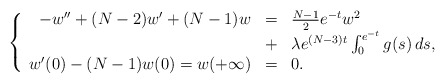
\begin{align*}\left\{ \begin{array}{rcl}-w'' + (N-2)w' + (N-1)w &=& \frac{N-1}{2} e^{-t} w^2 \\&+& \lambda e^{(N-3)t} \int_0^{e^{-t}} g(s) \, ds, \\w'(0) - (N-1) w(0) = w(+\infty) &=& 0.\end{array}\right.\end{align*}